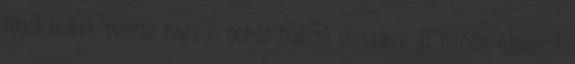
munkájukat, persze nagyon nehéz hosszú perceken át mindig újszerűt